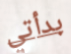
بدأتي